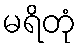
မရိတုံ